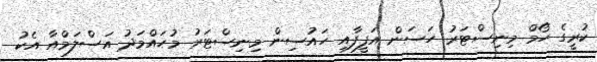
ކުރީގެ ހޯމް މިނިސްޓަރު ހަސަން އަފީފާއި ހައުސިން މިނިސްޓަރު މުހައްމަދު އަސްލަމްއާ އެކު